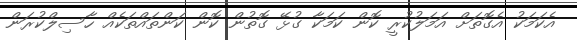
އެކަމަކު އެގޮތަށް އަމަލުކުރީ ކޮން ކަމަކާ ގުޅޭ ގޮތުން ކޮން ކަންތައްތަކެއް ހާސިލްކުރަން